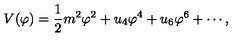
V ( \varphi ) = { \frac { 1 } { 2 } } m ^ { 2 } \varphi ^ { 2 } + u _ { 4 } \varphi ^ { 4 } + u _ { 6 } \varphi ^ { 6 } + \cdots ,